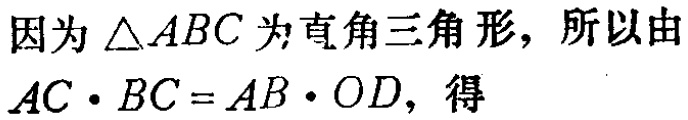
因为\(\triangle ABC\)为直角三角形，所以由\(AC\cdot BC = AB\cdot OD\)，得